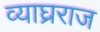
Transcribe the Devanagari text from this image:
व्याघ्रराज